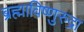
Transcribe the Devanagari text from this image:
ब्रह्माविष्णुरुद्रा